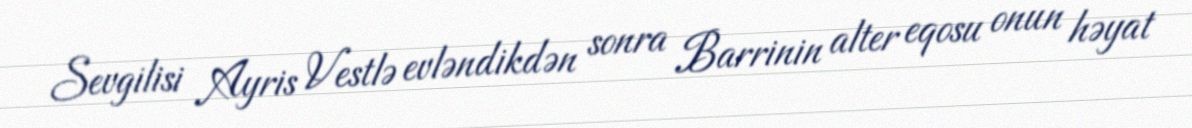
Sevgilisi Ayris Vestlə evləndikdən sonra Barrinin alter eqosu onun həyat